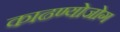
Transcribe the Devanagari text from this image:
काढण्योजोग